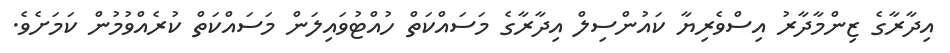
އިދާރާގެ ޒިންމާދާރު އިސްވެރިޔާ ކައުންސިލް އިދާރާގެ މަސައްކަތް ހުއްޓުވައިލަން މަސައްކަތް ކުރެއްވުމުން ކަމަށެވެ.